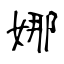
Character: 娜